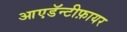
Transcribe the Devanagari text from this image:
आएडॅन्टीफ़ायर